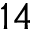
1 4